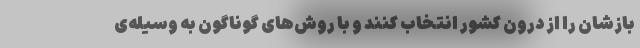
بازشان را از درون کشور انتخاب کنند و با روش‌های گوناگون به وسیله‌ی